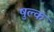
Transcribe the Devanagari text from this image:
षुल्क